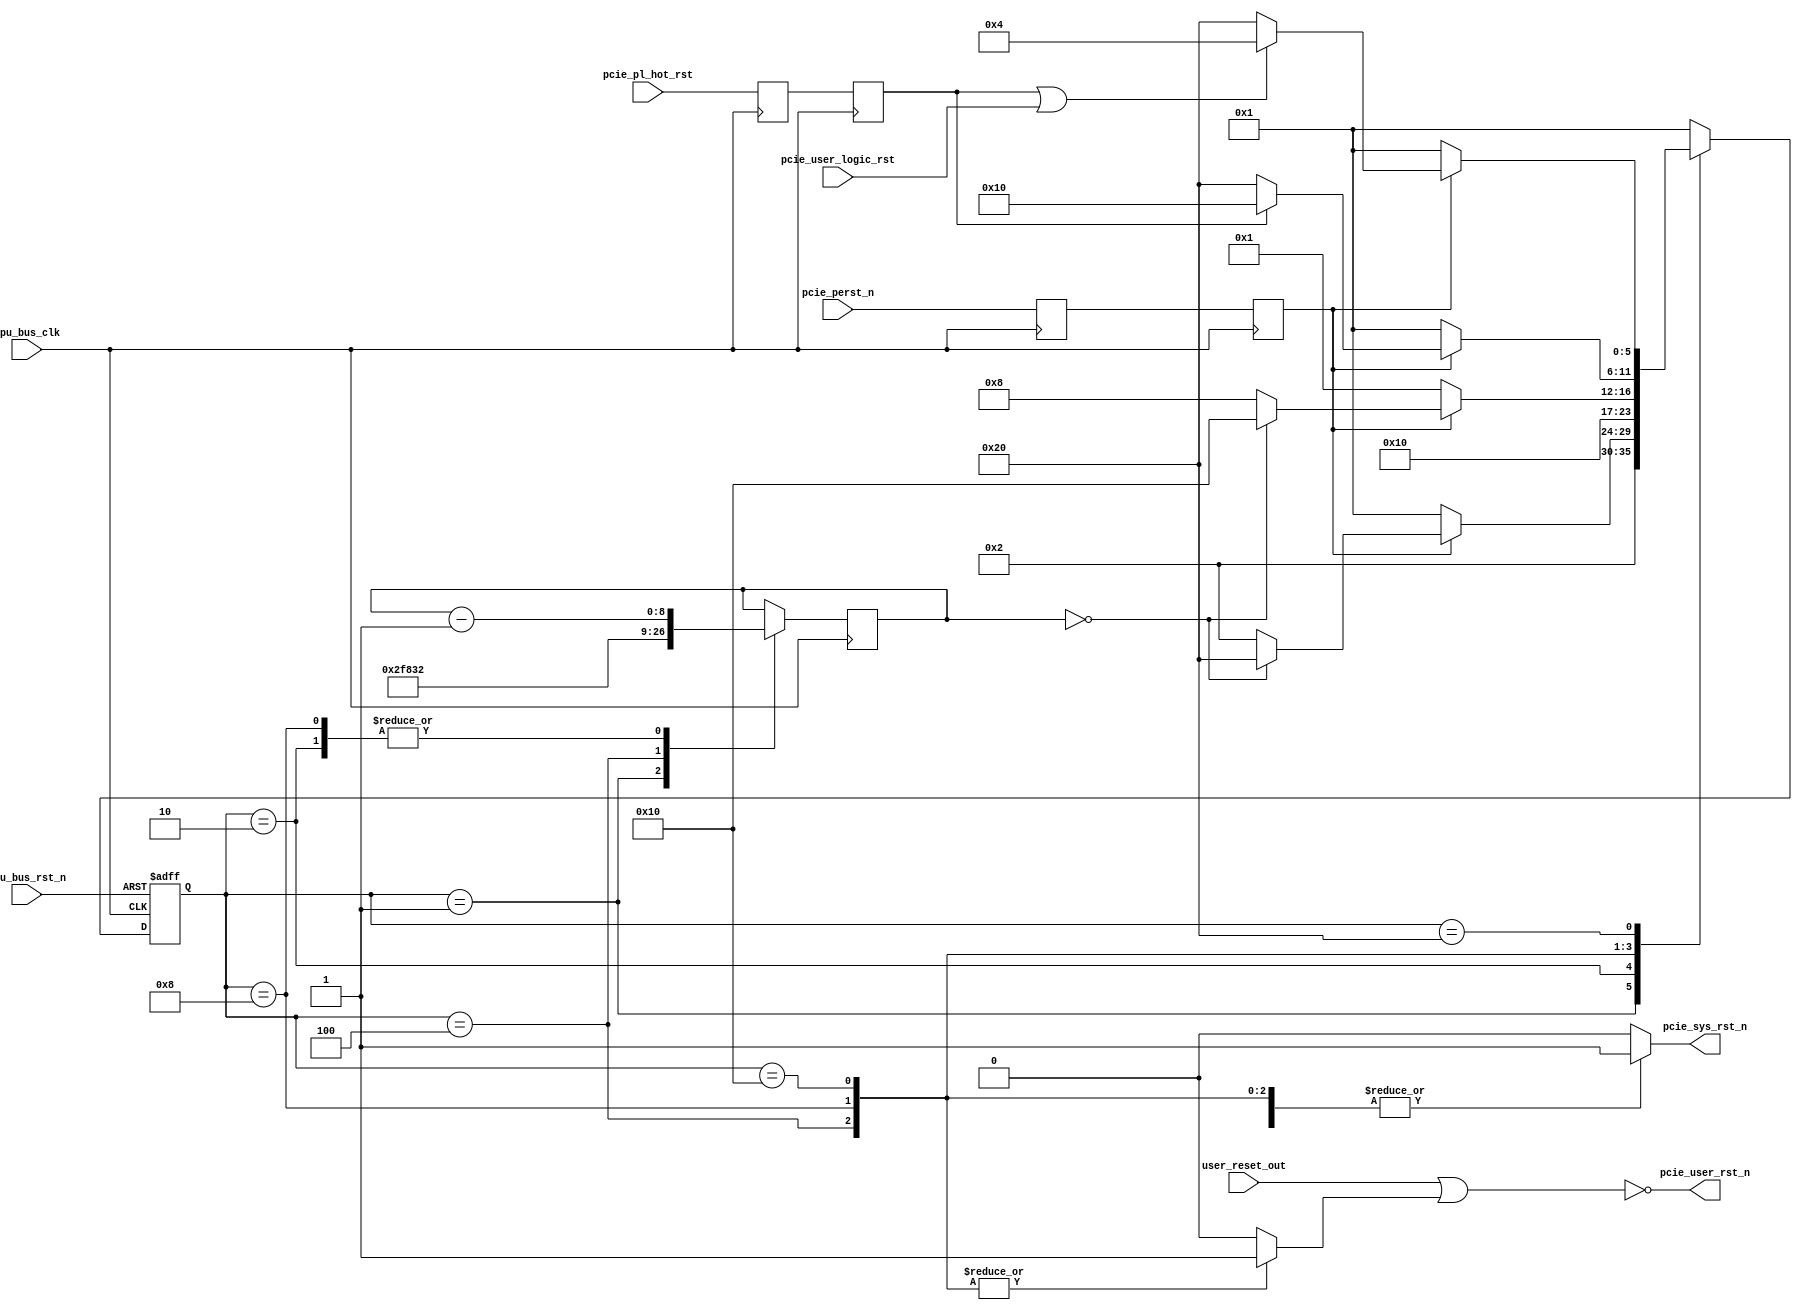

/*
----------------------------------------------------------------------------------
Copyright (c) 2013-2014

  Embedded and Network Computing Lab.
  Open SSD Project
  Hanyang University

All rights reserved.

----------------------------------------------------------------------------------

Redistribution and use in source and binary forms, with or without
modification, are permitted provided that the following conditions are
met:

  1. Redistributions of source code must retain the above copyright
     notice, this list of conditions and the following disclaimer.

  2. Redistributions in binary form must reproduce the above copyright
     notice, this list of conditions and the following disclaimer in the
     documentation and/or other materials provided with the distribution.

  3. All advertising materials mentioning features or use of this source code
     must display the following acknowledgement:
     This product includes source code developed 
     by the Embedded and Network Computing Lab. and the Open SSD Project.

THIS SOFTWARE IS PROVIDED BY THE COPYRIGHT HOLDERS AND CONTRIBUTORS "AS IS" AND
ANY EXPRESS OR IMPLIED WARRANTIES, INCLUDING, BUT NOT LIMITED TO, THE IMPLIED
WARRANTIES OF MERCHANTABILITY AND FITNESS FOR A PARTICULAR PURPOSE ARE
DISCLAIMED. IN NO EVENT SHALL THE COPYRIGHT OWNER OR CONTRIBUTORS BE LIABLE FOR
ANY DIRECT, INDIRECT, INCIDENTAL, SPECIAL, EXEMPLARY, OR CONSEQUENTIAL DAMAGES
(INCLUDING, BUT NOT LIMITED TO, PROCUREMENT OF SUBSTITUTE GOODS OR SERVICES;
LOSS OF USE, DATA, OR PROFITS; OR BUSINESS INTERRUPTION) HOWEVER CAUSED AND
ON ANY THEORY OF LIABILITY, WHETHER IN CONTRACT, STRICT LIABILITY, OR TORT
(INCLUDING NEGLIGENCE OR OTHERWISE) ARISING IN ANY WAY OUT OF THE USE OF THIS
SOFTWARE, EVEN IF ADVISED OF THE POSSIBILITY OF SUCH DAMAGE.

----------------------------------------------------------------------------------

http://enclab.hanyang.ac.kr/
http://www.openssd-project.org/
http://www.hanyang.ac.kr/

----------------------------------------------------------------------------------
*/


`timescale 1ns / 1ps

module sys_rst
(
	input									cpu_bus_clk,
	input									cpu_bus_rst_n,

	input									pcie_perst_n,
	input									user_reset_out,
	input									pcie_pl_hot_rst,
	input									pcie_user_logic_rst,

	output									pcie_sys_rst_n,
	output									pcie_user_rst_n
);


localparam	LP_PCIE_RST_CNT_WIDTH			= 9;
localparam	LP_PCIE_RST_CNT					= 380;
localparam	LP_PCIE_HOT_RST_CNT				= 50;

localparam	S_RESET							= 6'b000001;
localparam	S_RESET_CNT						= 6'b000010;
localparam	S_HOT_RESET						= 6'b000100;
localparam	S_HOT_RESET_CNT					= 6'b001000;
localparam	S_HOT_RESET_WAIT				= 6'b010000;
localparam	S_IDLE							= 6'b100000;


reg		[5:0]								cur_state;
reg		[5:0]								next_state;

(* KEEP = "TRUE", SHIFT_EXTRACT = "NO" *)	reg											r_pcie_perst_n;
(* KEEP = "TRUE", SHIFT_EXTRACT = "NO" *)	reg											r_pcie_perst_n_sync;

(* KEEP = "TRUE", SHIFT_EXTRACT = "NO" *)	reg											r_pcie_pl_hot_rst;
(* KEEP = "TRUE", SHIFT_EXTRACT = "NO" *)	reg											r_pcie_pl_hot_rst_sync;

reg		[LP_PCIE_RST_CNT_WIDTH-1:0]			r_rst_cnt;
reg											r_pcie_sys_rst_n;
reg											r_pcie_hot_rst;

assign pcie_user_rst_n = ~(user_reset_out | r_pcie_hot_rst);
//assign pcie_user_rst_n = ~(user_reset_out);
assign pcie_sys_rst_n = r_pcie_sys_rst_n;

always @ (posedge cpu_bus_clk)
begin
	r_pcie_perst_n_sync <= pcie_perst_n;
	r_pcie_perst_n <= r_pcie_perst_n_sync;
	r_pcie_pl_hot_rst_sync <= pcie_pl_hot_rst;
	r_pcie_pl_hot_rst <= r_pcie_pl_hot_rst_sync;
end


always @ (posedge cpu_bus_clk or negedge cpu_bus_rst_n)
begin
	if(cpu_bus_rst_n == 0)
		cur_state <= S_RESET;
	else
		cur_state <= next_state;
end

always @ (*)
begin
	case(cur_state)
		S_RESET: begin
			next_state <= S_RESET_CNT;
		end
		S_RESET_CNT: begin
			if(r_pcie_perst_n == 0)
				next_state <= S_RESET;
			else if(r_rst_cnt == 0)
				next_state <= S_IDLE;
			else
				next_state <= S_RESET_CNT;
		end
		S_HOT_RESET: begin
			next_state <= S_HOT_RESET_CNT;
		end
		S_HOT_RESET_CNT: begin
			if(r_pcie_perst_n == 0)
				next_state <= S_RESET;
			else if(r_rst_cnt == 0)
				next_state <= S_HOT_RESET_WAIT;
			else
				next_state <= S_HOT_RESET_CNT;
		end
		S_HOT_RESET_WAIT: begin
			if(r_pcie_perst_n == 0)
				next_state <= S_RESET;
			else if(r_pcie_pl_hot_rst == 1)
				next_state <= S_HOT_RESET_WAIT;
			else
				next_state <= S_IDLE;
		end
		S_IDLE: begin
			if(r_pcie_perst_n == 0)
				next_state <= S_RESET;
			else if(r_pcie_pl_hot_rst == 1 || pcie_user_logic_rst == 1)
				next_state <= S_HOT_RESET;
			else
				next_state <= S_IDLE;
		end
		default: begin
			next_state <= S_RESET;
		end
	endcase
end



always @ (posedge cpu_bus_clk)
begin
	case(cur_state)
		S_RESET: begin
			r_rst_cnt <= LP_PCIE_RST_CNT;
		end
		S_RESET_CNT: begin
			r_rst_cnt <= r_rst_cnt - 1'b1;
		end
		S_HOT_RESET: begin
			r_rst_cnt <= LP_PCIE_HOT_RST_CNT;
		end
		S_HOT_RESET_CNT: begin
			r_rst_cnt <= r_rst_cnt - 1'b1;
		end
		S_HOT_RESET_WAIT: begin

		end
		S_IDLE: begin

		end
		default: begin

		end
	endcase
end


always @ (*)
begin
	case(cur_state)
		S_RESET: begin
			r_pcie_sys_rst_n <= 0;
			r_pcie_hot_rst <= 0;
		end
		S_RESET_CNT: begin
			r_pcie_sys_rst_n <= 0;
			r_pcie_hot_rst <= 0;
		end
		S_HOT_RESET: begin
			r_pcie_sys_rst_n <= 1;
			r_pcie_hot_rst <= 1;
		end
		S_HOT_RESET_CNT: begin
			r_pcie_sys_rst_n <= 1;
			r_pcie_hot_rst <= 1;
		end
		S_HOT_RESET_WAIT: begin
			r_pcie_sys_rst_n <= 1;
			r_pcie_hot_rst <= 1;
		end
		S_IDLE: begin
			r_pcie_sys_rst_n <= 1;
			r_pcie_hot_rst <= 0;
		end
		default: begin
			r_pcie_sys_rst_n <= 0;
			r_pcie_hot_rst <= 0;
		end
	endcase
end

endmodule